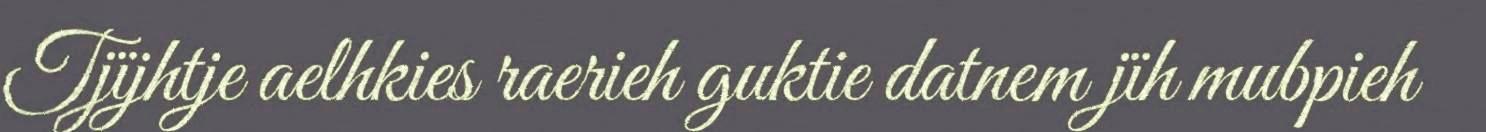
Tjïjhtje aelhkies raerieh guktie datnem jïh mubpieh